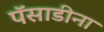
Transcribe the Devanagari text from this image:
पॅसाडीना